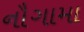
નૌગામા